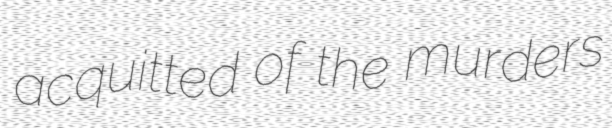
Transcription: acquitted of the murders